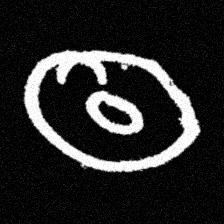
Pyu character \u2014 Myanmar letter: ထ (romanized: tha)